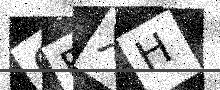
Text: 0FXH